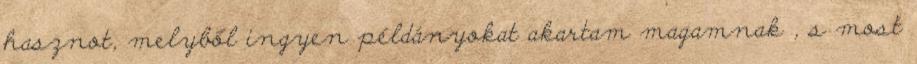
hasznot, melyből ingyen példányokat akartam magamnak , s most